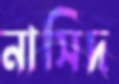
নাসিদ